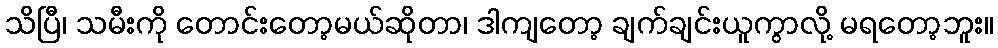
သိပြီ၊ သမီးကို တောင်းတော့မယ်ဆိုတာ၊ ဒါကျတော့ ချက်ချင်းယူကွာလို့ မရတော့ဘူး။